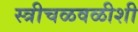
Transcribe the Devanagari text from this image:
स्त्रीचळवळीशी